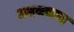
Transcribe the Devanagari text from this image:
उदयचन्द